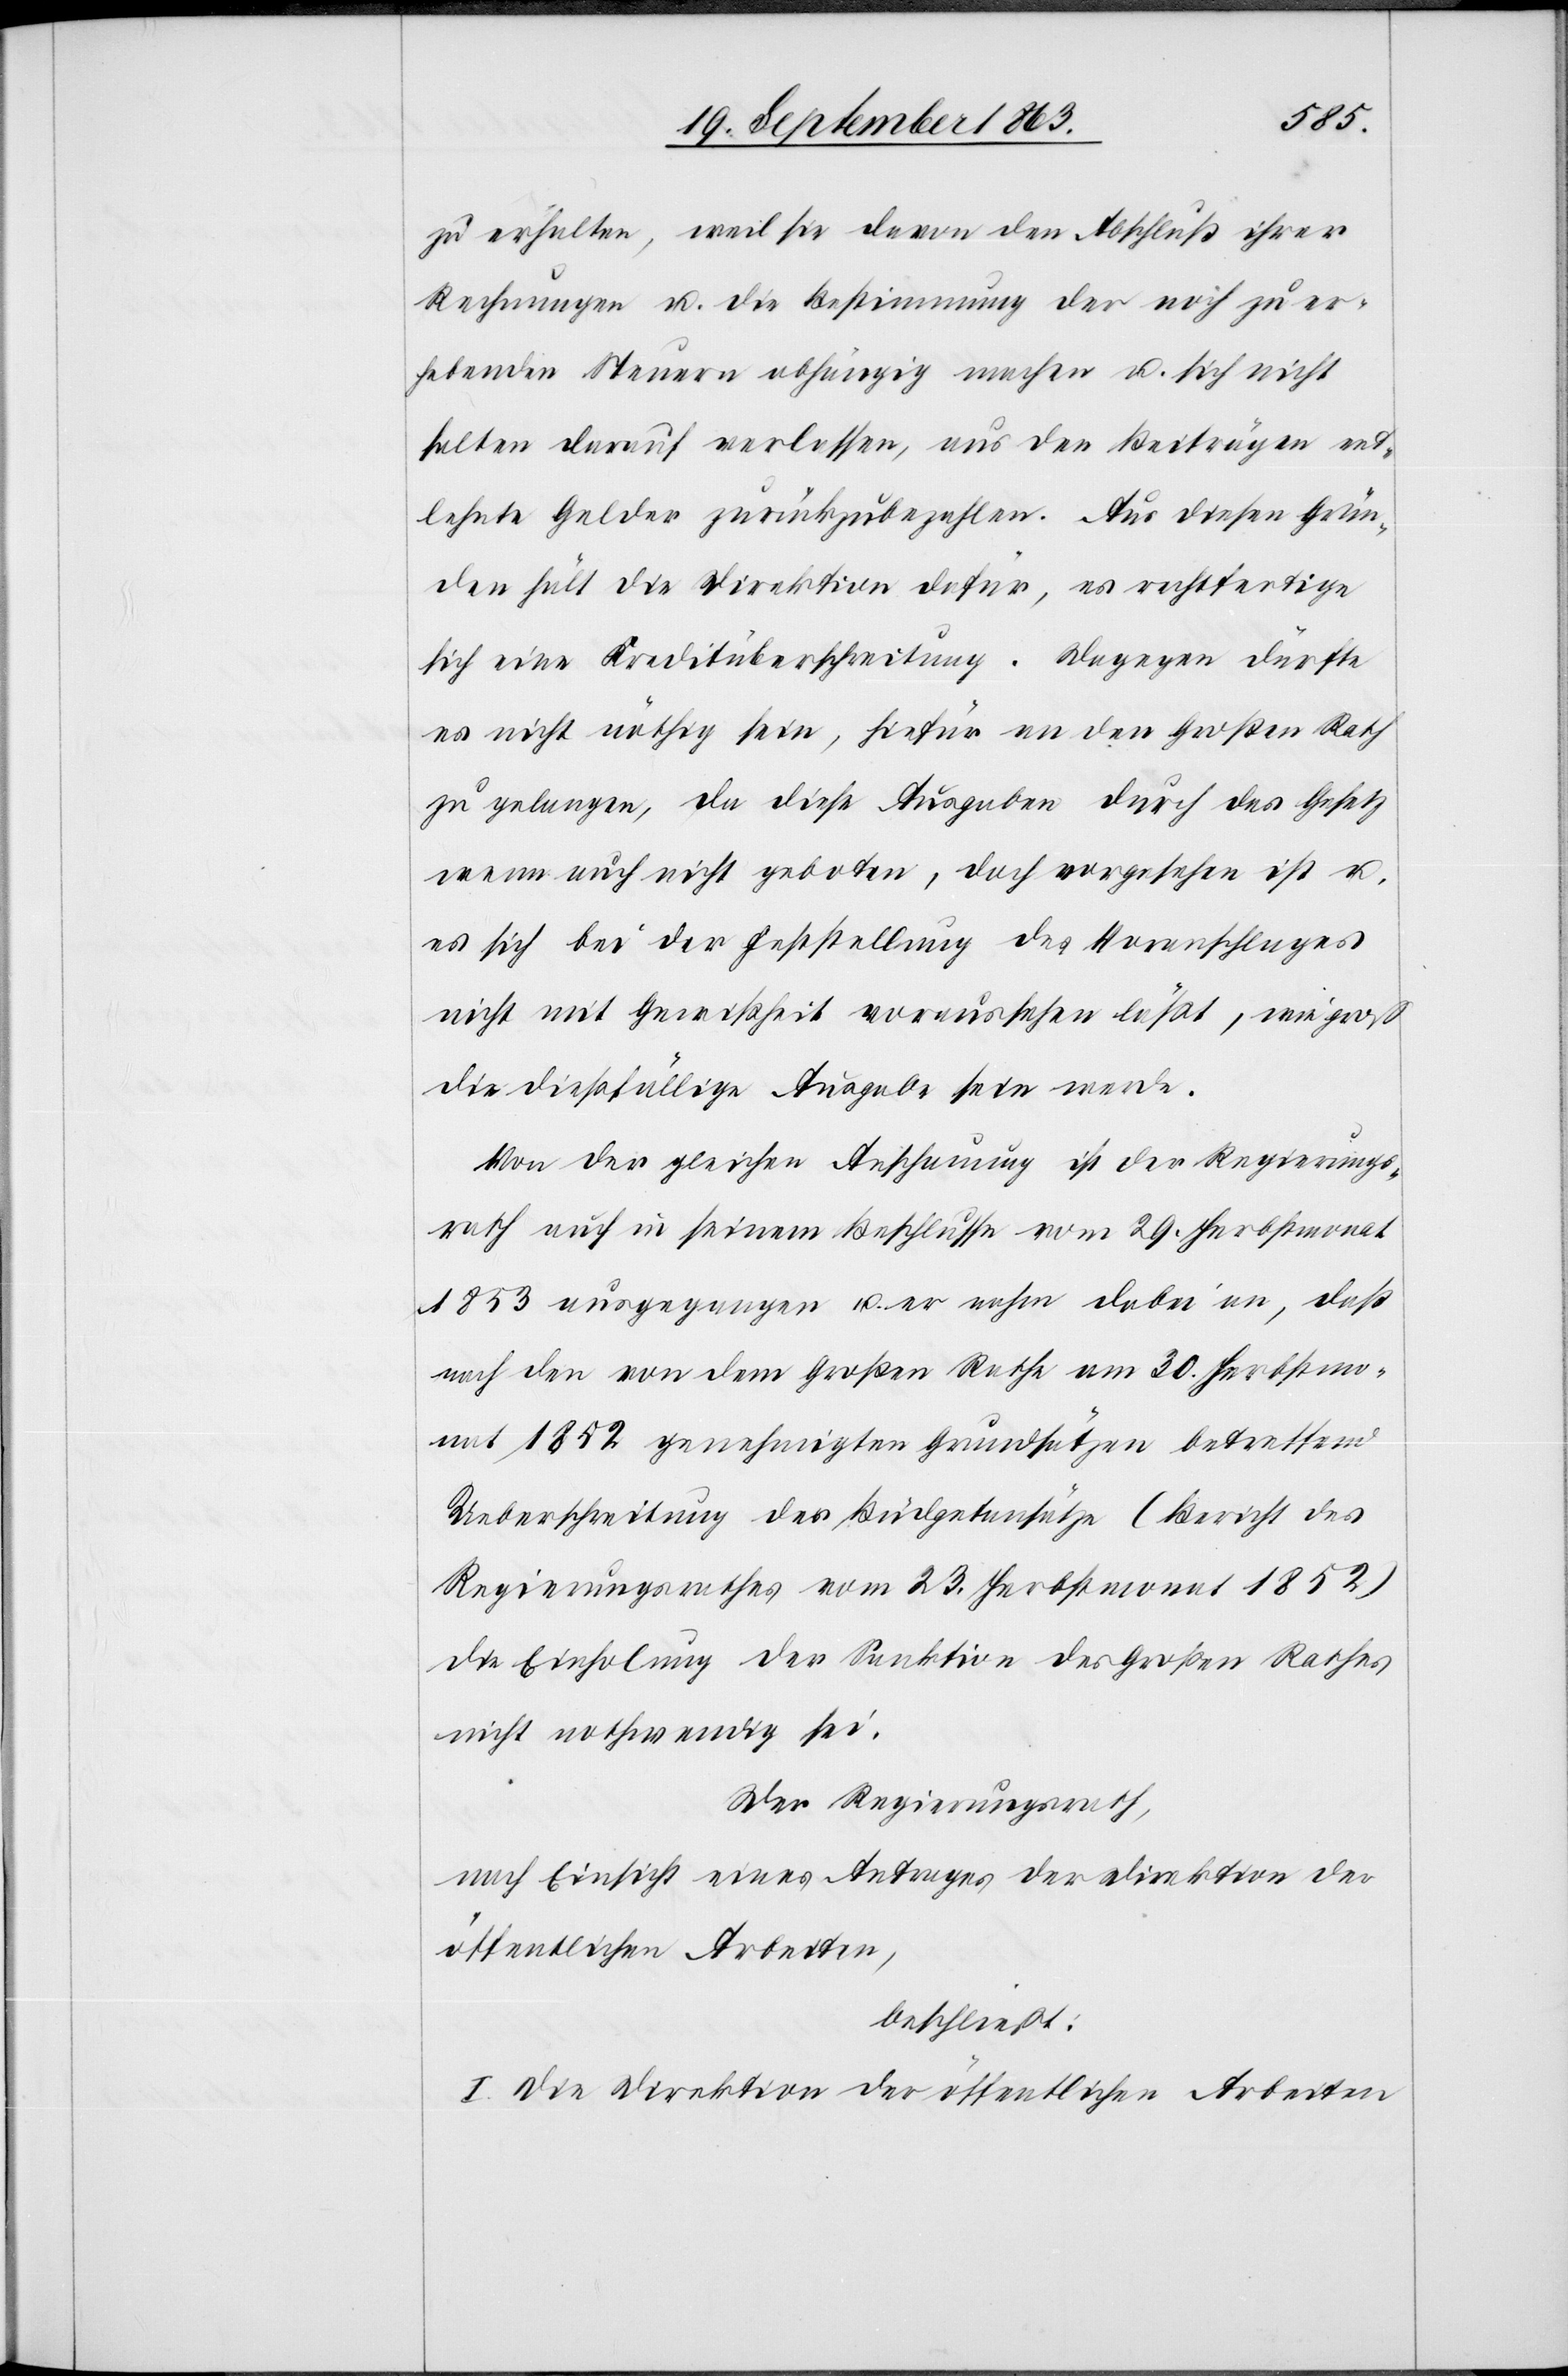
zu erhalten, weil sie davon den Abschluß ihrer
Rechnungen u. die Bestimmung der noch zu er¬
hebenden Steuern abhängig machen u. sich nicht
selten darauf verlassen, aus den Beiträgen ent¬
lehnte Gelder zurückzubezahlen. Aus diesen Grün¬
den hält die Direktion dafür, es rechtfertige
sich eine Kreditüberschreitung. Dagegen dürfte
es nicht nöthig sein, hiefür an den Großen Rath
zu gelangen, da diese Ausgaben durch das Gesetz
wenn auch nicht geboten, doch vorgesehen ist u.
es sich bei der Feststellung des Voranschlages
nicht mit Gewißheit voraussehen läßt, wie groß
die dießfällige Ausgabe sein werde.
Von der gleichen Anschauung ist der Regierungs¬
rath auch in seinem Beschlusse vom 29. Herbstmonat
1853 ausgegangen u. er nahm dabei an, daß
nach den von dem Großen Rathe am 30. Herbstmo¬
nat 1852 genehmigten Grundsätzen betreffend
Ueberschreitung der Büdgetansätze (Bericht des
Regierungsrathes vom 23. Herbstmonat 1852)
die Einholung der Sanktion des Großen Rathes
nicht notwendig sei.
Der Regierungsrath,
nach Einsicht eines Antrages der Direktion der
öffentlichen Arbeiten,
beschließt:
I. Die Direktion der öffentlichen Arbeiten